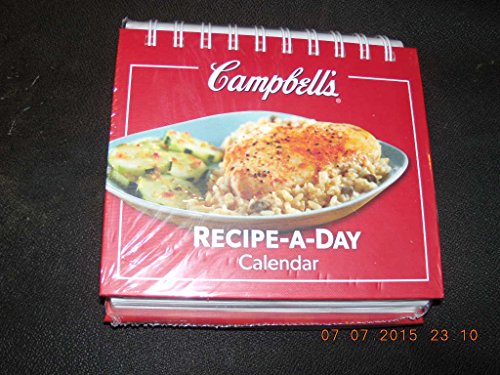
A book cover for Campbells Recipe-A-Day Calendar; Calendars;